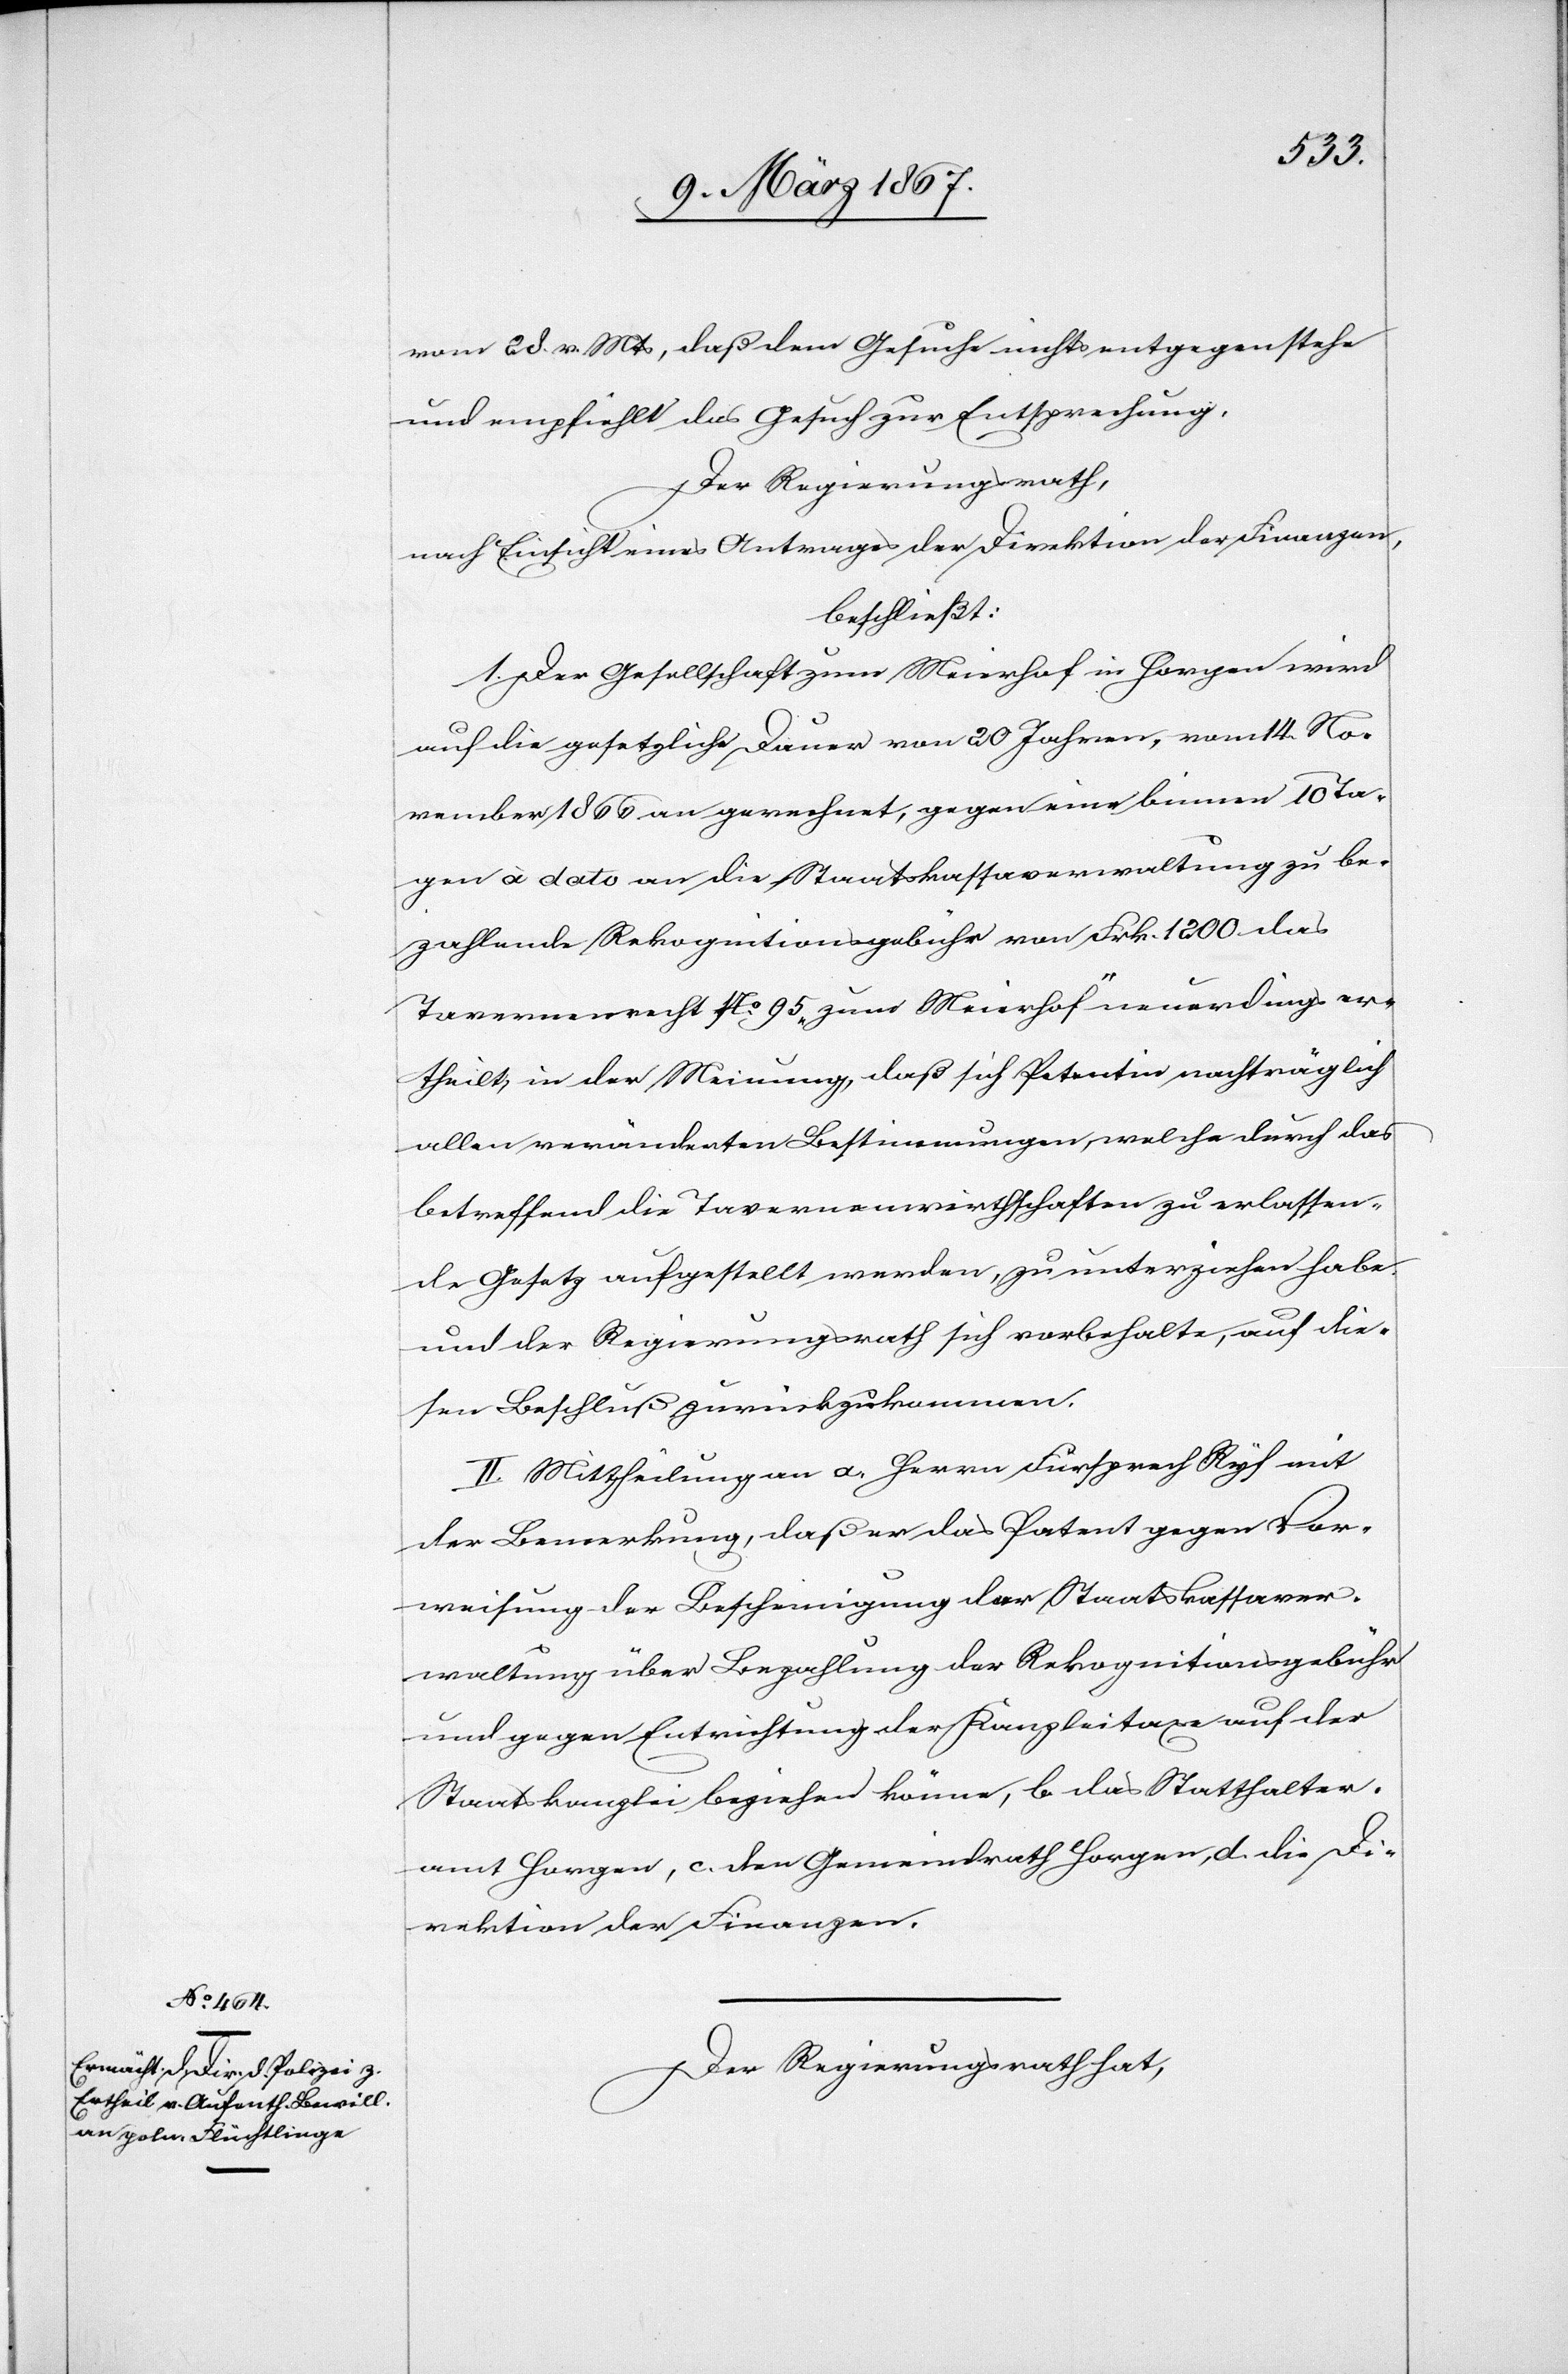
bühr
vom 28. v. Mts, daß dem Gesuche nichts entgegenstehe
und empfiehlt das Gesuch zur Entsprechung.
Der Regierungsrath,
nach Einsicht eines Antrages der Direktion der Finanzen,
beschließt:
1. Der Gesellschaft zum Meierhof in Horgen wird
auf die gesetzliche Dauer von 20 Jahren, vom 14. No¬
vember 1866 an gerechnet, gegen eine binnen 10 Ta¬
gen à dato an die Staatskassaverwaltung zu be¬
zahlende Rekognitionsgebühr von Frk. 1200 das
Tavernenrecht No. 95 „zum Meierhof“ neuerdings er¬
theilt, in der Meinung, daß sich Petentin nachträglich
allen veränderten Bestimmungen, welche durch das
betreffend die Tavernenwirthschaften zu erlassen¬
de Gesetz aufgestellt werden, zu unterziehen habe
und der Regierungsrath sich vorbehalte, auf die¬
sen Beschluß zurückzukommen.
2.] Mittheilung an a. Herrn Fürsprech Ryf mit
der Bemerkung, daß er das Patent gegen Vor¬
weisung der Bescheinigung der Rekognitionsge¬
und gegen Entrichtung der Kanzleitaxe auf der
Staatskanzlei beziehen könne, b. das Statthalter¬
amt Horgen, c. den Gemeindrath Horgen, d. die Di¬
rektion der Finanzen.
Der Regierungsrath hat,